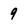
Character: 9